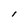
Character: I